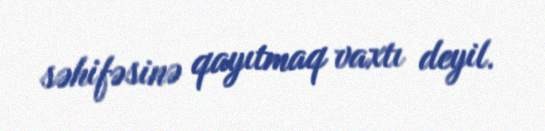
səhifəsinə qayıtmaq vaxtı deyil.